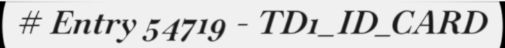
# Entry 54719 - TD1_ID_CARD